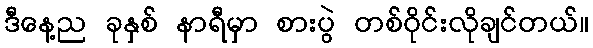
ဒီနေ့ည ခုနှစ် နာရီမှာ စားပွဲ တစ်ဝိုင်းလိုချင်တယ်။